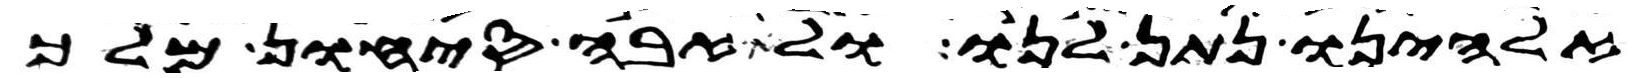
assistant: אלהינו נתן לנו ולא אבה סיחון מלך